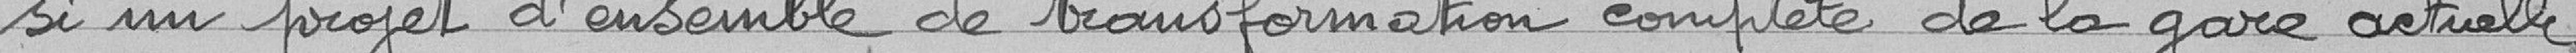
si un projet d'ensemble de transformation complète de la gare actuelle